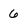
Character: 6